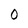
Character: 0